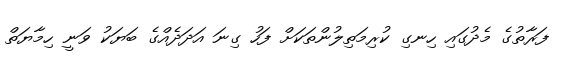
ފަރާތުގެ މެދުގައި ހިނގި ކުރިމަތިލުންތަކަށް ފަހު ގިނަ އަދަދެއްގެ ބަޔަކު ވަނީ ހިމާޔަތް